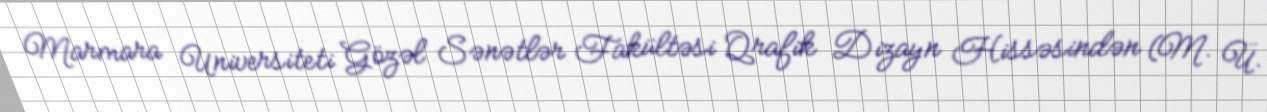
Marmara Universiteti Gözəl Sənətlər Fakültəsi Qrafik Dizayn Hissəsindən (M. Ü.